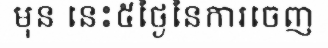
មុន នេះ៥ថ្ងៃនៃការចេញ